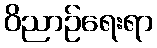
ဝိညာဉ်ရေးရာ